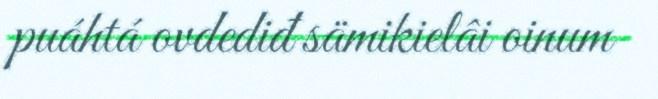
puáhtá ovdediđ sämikielâi oinum